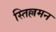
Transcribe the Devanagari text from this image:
स्तिल्लमन